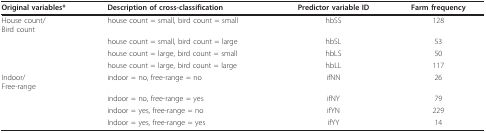
| Original variables* | Description of cross-classification | Predictor variable ID | Farm frequency |
 | --- | --- | --- | --- |
 | House count/Bird count | house count = small, bird count = small | hbSS | 128 |
 |  | house count = small, bird count = large | hbSL | 53 |
 |  | house count = large, bird count = small | hbLS | 50 |
 |  | house count = large, bird count = large | hbLL | 117 |
 | Indoor/Free-range | indoor = no, free-range = no | ifNN | 26 |
 |  | indoor = no, free-range = yes | ifNY | 79 |
 |  | indoor = yes, free-range = no | ifYN | 229 |
 |  | Indoor = yes, free-range = yes | ifYY | 14 |